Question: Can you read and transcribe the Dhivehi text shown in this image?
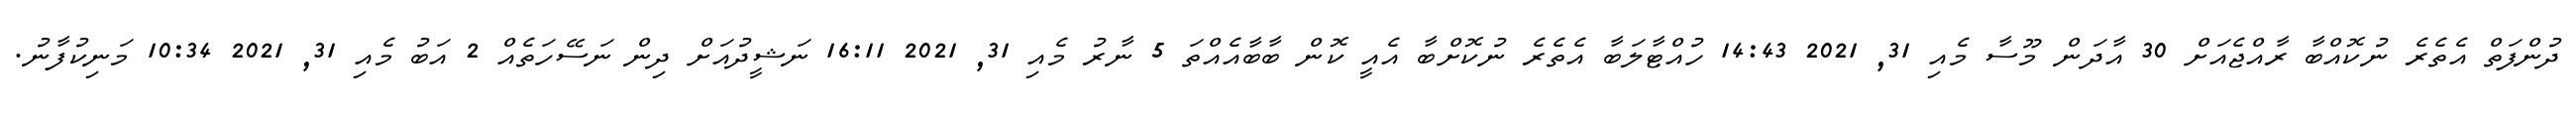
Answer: ދުންފަތް އެތެރެ ނުކޮއްބާ ރާއްޖެއަށް 30 އާދަން މޫސާ މެއި 31, 2021 14:43 ހުއްޓާލަބާ އެތެރެ ނުކޮށްބާ އެއީ ކޮން ބާބާއެއްތަ 5 ނާރު މެއި 31, 2021 16:11 ނަޝީދުއަށް ދިން ނަސޭހަތެއް 2 އަބު މެއި 31, 2021 10:34 މަނިކުފާނު.